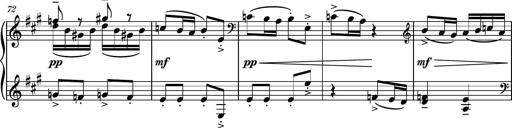
Title: Piano Sonatina No.6
Composer: Dimitri Sykias
Key: A major